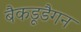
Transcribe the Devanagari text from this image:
बैकडूडैगन